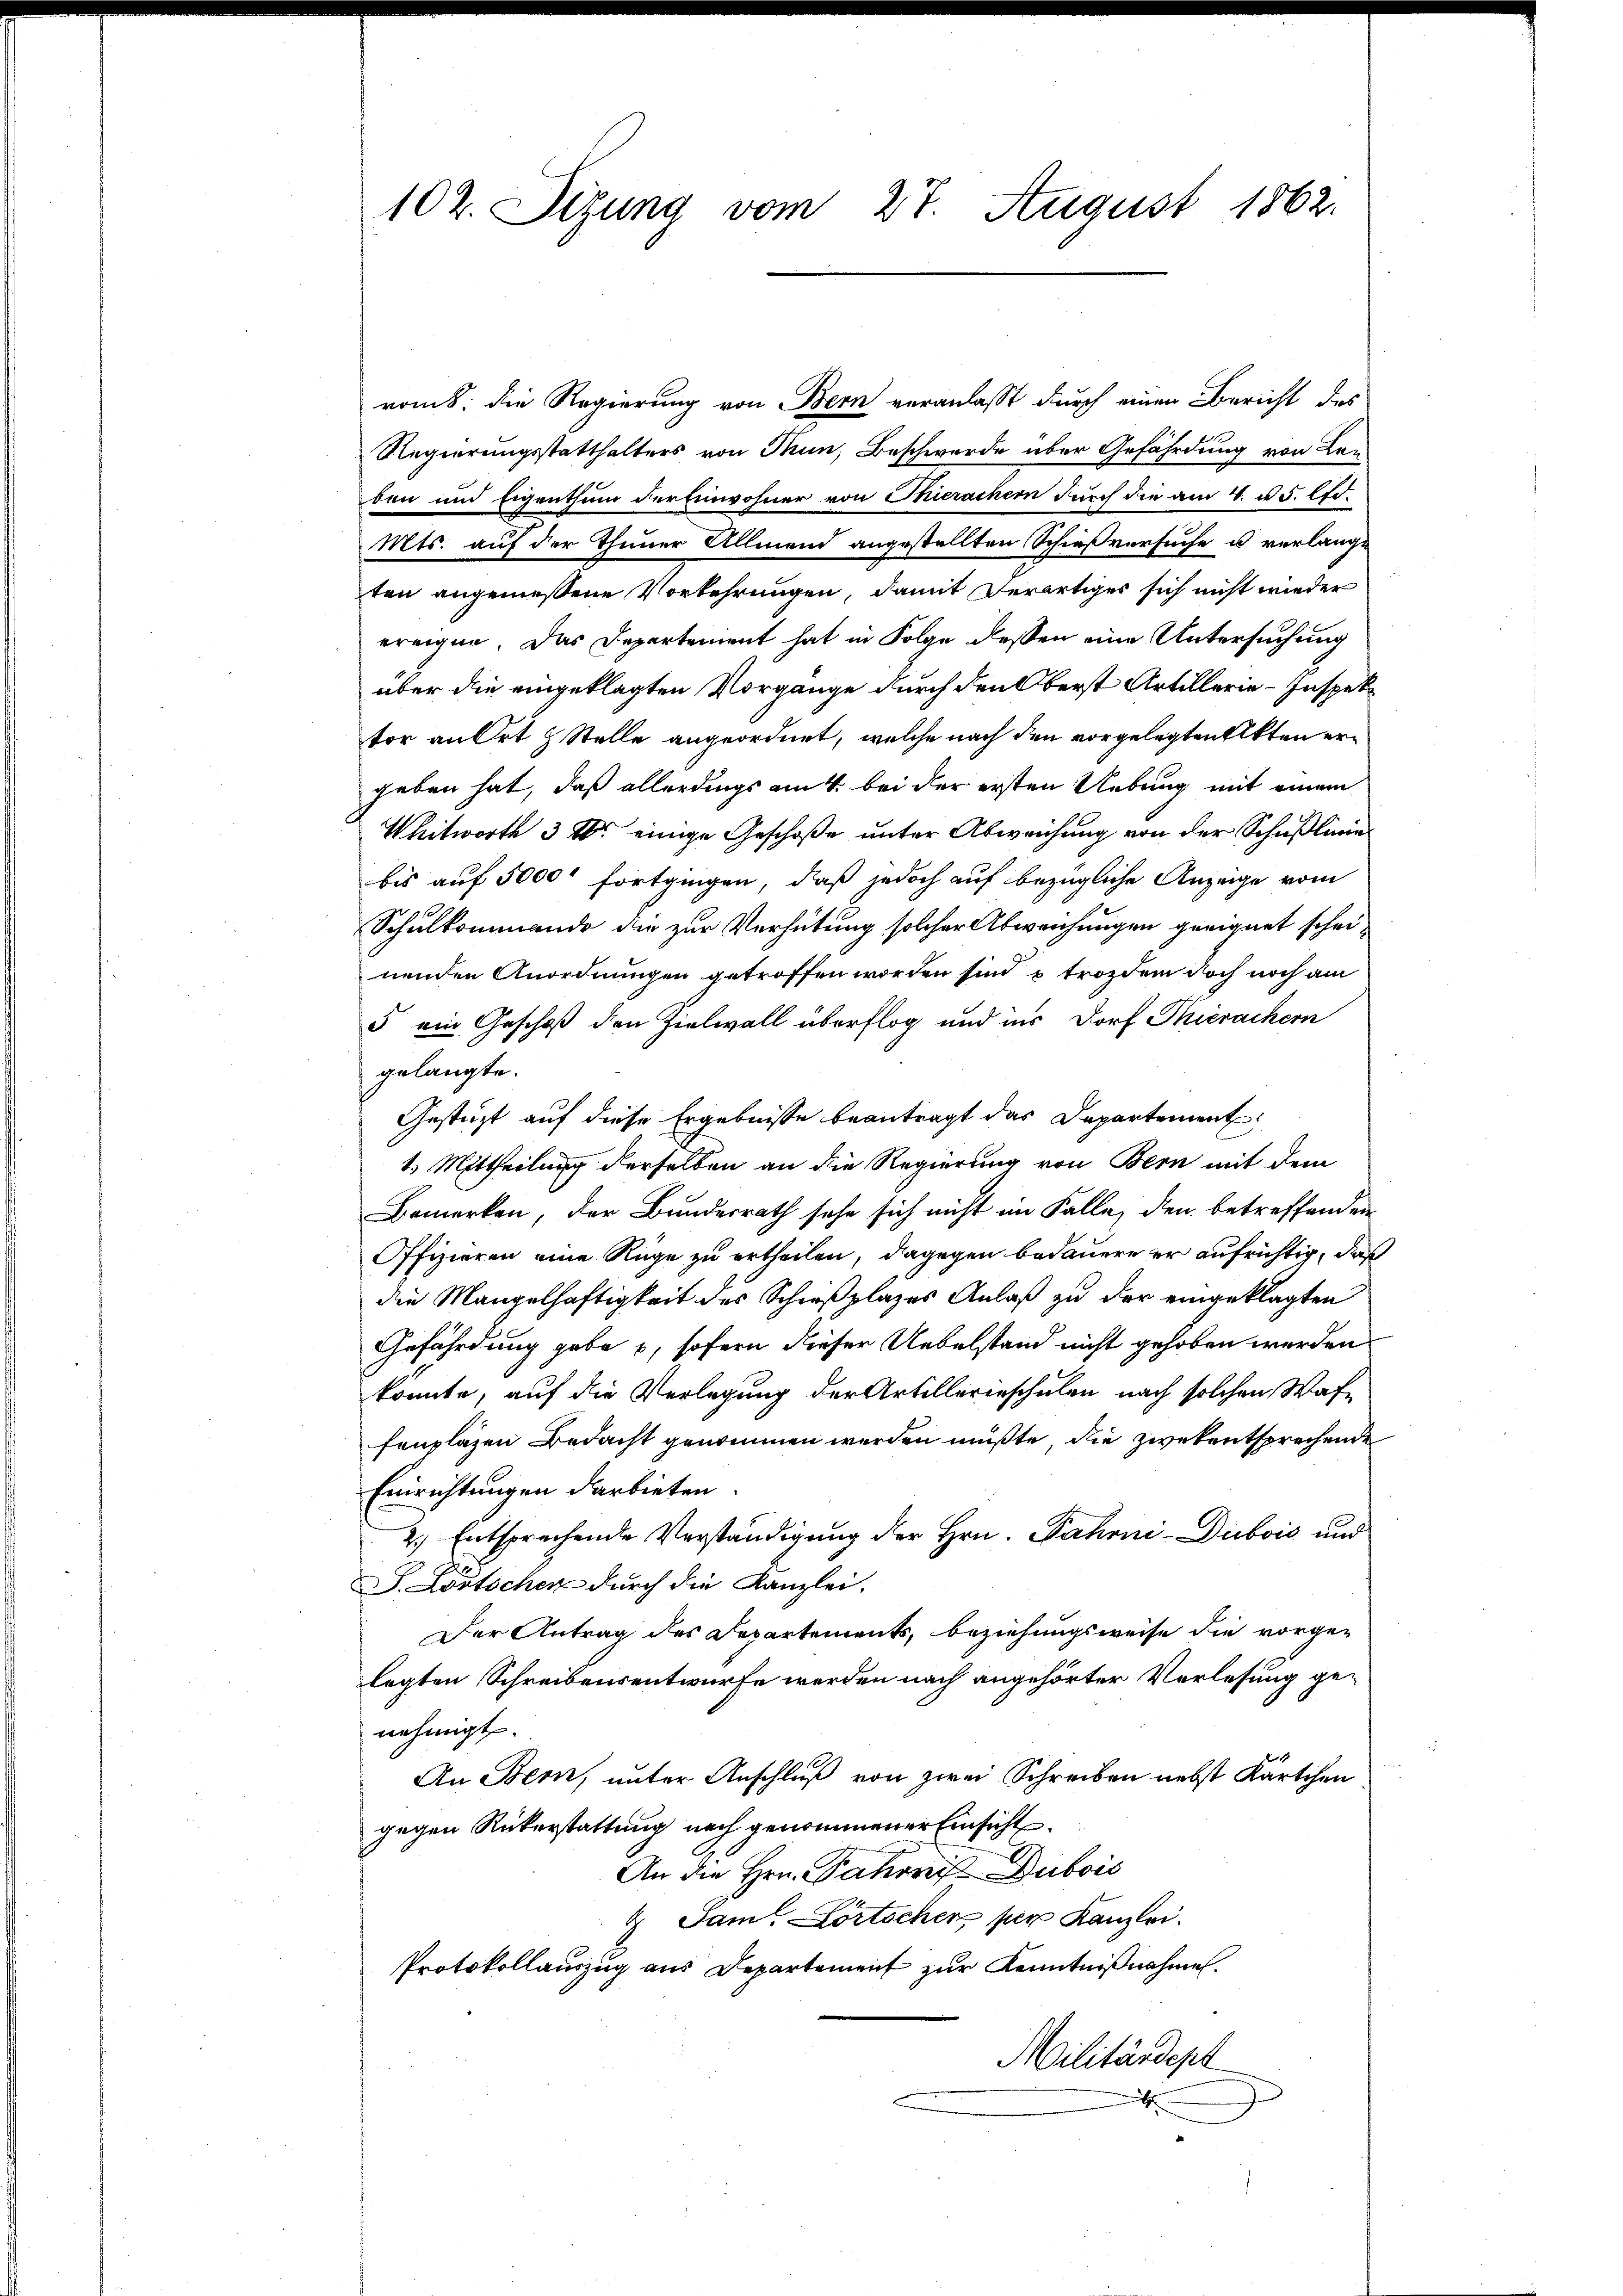
romb. die Regierung von Bern veranlaßt durch einen Bericht des
Regierungsstatthalters von Thun, Beschwerde über Gefährdung von Lanben und Eigenthum der Einwohner von Thierachern durch die am 4. u. 5. d.
Mts. auf der Thuner Allmend angestellten Schießversuche u verlange
ten angemessene Vorkehrungen, damit derartiges sich nicht wieder
ereigne. Das Departement hat in Folge dessen eine Untersuchung
über die eingeklagten Vorgange durch den Oberst Artillerie-Inspektor an Ort & Stelle angeordnet, welche nach den vorgelegten Akten ergeben hat, daß allerdings am 4. bei der ersten Uebung mit einem
Whitwort 3 M. einige Geschoße unter Abweichung von der Schußlinie
bis auf 5000 fortgingen, daß jedoch auf bezügliche Anzeige vom
Schulkommando die zur Verhütung solcher Abweichungen geeignet scheinenden Anordnungen getroffen worden sind u trozdem doch noch am
5 ein Geschoß den Zielwall überflog und ins Dorf Thierachern
gelangte.
Gestüzt auf diese Ergebnisse beantragt das Departement
1.) Mittheilung derselben an die Regierung von Bern mit dem
Bemerken, der Bundesrath sehe sich nicht im Falle, den betreffenden
Offizieren eine Rüge zu ertheilen, dagegen bedauere er aufrichtig, daß
die Mangelhaftigkeit des Schießplazes Anlaß zu der eingeklagten
Gefährdung gabe , sofern dieser Uebelstand nicht gehoben werden,
könnte, auf die Verlegung der Artillerieschulen nach solchen Waffenplazen Bedacht genommen werden müßte, die zwekentsprechende
Einrichtungen darbieten
2.) Entsprechende Verständigung der Hrn. Fahrni-Dubois und
J. Fortschen durch die Kanzlei.
Der Antrag des Departements, beziehungsweise die vorge-
legten Schreibensentwurfe werden nach angehörter Vorlesung genehmigt.
An Bern, unter Anschluß von zwei Schreiben nebst Kärtchen
gegen Rükerstattung nach genommener Einsicht
An die Hrn. Fahrnis Dubois
 Jam. Lortscher per Kanzlei.
Protokollauszug aus Departement zur Kenntnißnahme.
Militärdept
m

102. Sizung vom 27. August 1862.